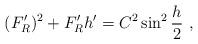
LaTeX: \begin{align*}(F'_R)^2 + F'_R h' = C^2 \sin^2{\frac{h}{2}} \ ,\end{align*}